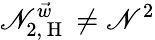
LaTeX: \mathscr{N}_{2,\mathrm{{~H~}}}^{\vec{{w}}}\neq\mathscr{N}^{2}